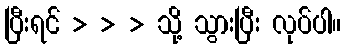
ပြီးရင် > > > သို့ သွားပြီး လုပ်ပါ။